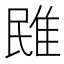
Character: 𨾧